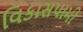
વિકાસપામી